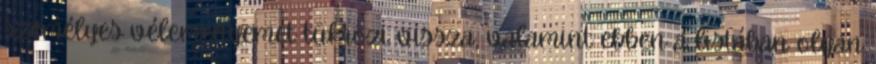
személyes véleményemet tükrözi vissza, valamint ebben a listában olyan